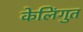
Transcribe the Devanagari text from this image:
केलिंगुत